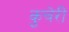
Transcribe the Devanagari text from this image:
कुचेरी